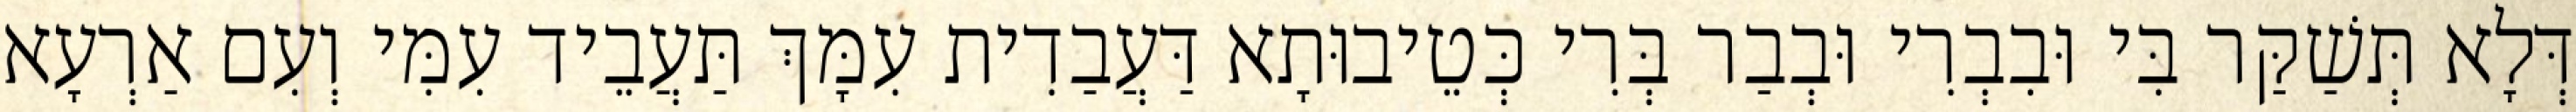
דְּלָא תְּשַׁקַּר בִּי וּבִבְרִי וּבְבַר בְּרִי כְּטֵיבוּתָא דַּעֲבַדִית עִמָּךְ תַּעֲבֵיד עִמִּי וְעִם אַרְעָא